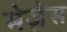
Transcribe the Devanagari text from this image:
मेज़ेस